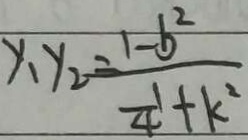
y _ { 1 } y _ { 2 } = \frac { 1 - b ^ { 2 } } { \frac { 1 } { 4 } + k ^ { 2 } }